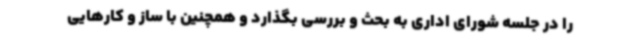
را در جلسه شورای اداری به بحث و بررسی بگذارد و همچنین با ساز و کارهایی